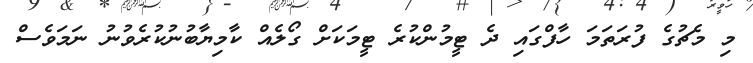
މި މެޗުގެ ފުރަތަމަ ހާފްގައި ދެ ޓީމުންކުރެ ޓީމަކަށް ގޯލެއް ކާމިޔާބުނުކުރެވުނު ނަމަވެސް